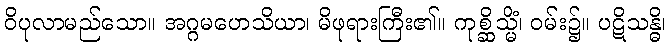
ဝိပုလာမည်သော။ အဂ္ဂမဟေသိယာ၊ မိဖုရားကြီး၏။ ကုစ္ဆိသ္မိံ၊ ဝမ်း၌။ ပဋိသန္ဓိ၊